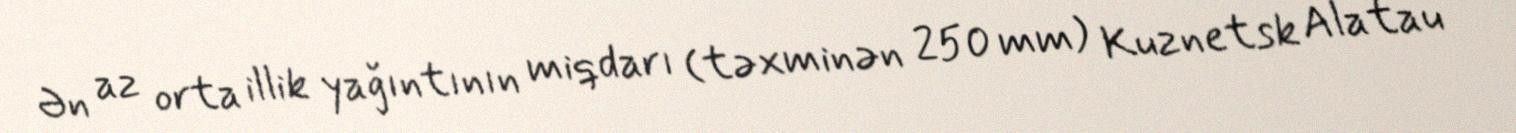
Ən az orta illik yağıntının miqdarı (təxminən 250 mm) Kuznetsk Alatau